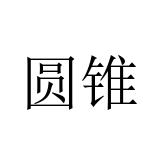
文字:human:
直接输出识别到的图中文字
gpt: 圆锥